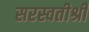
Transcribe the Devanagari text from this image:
सरस्वतीश्री